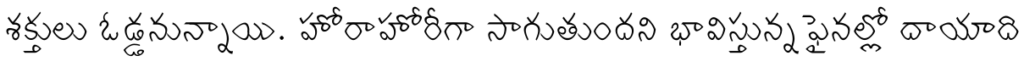
శక్తులు ఓడ్డనున్నాయి. హోరాహోరీగా సాగుతుందని భావిస్తున్న ఫైనల్లో దాయాది